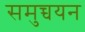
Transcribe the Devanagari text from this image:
समुच्चयन